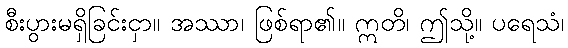
စီးပွားမရှိခြင်းငှာ။ အဿာ၊ ဖြစ်ရာ၏။ ဣတိ၊ ဤသို့။ ပရေသံ၊